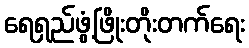
ရေရှည်ဖွံ့ဖြိုးတိုးတက်ရေး